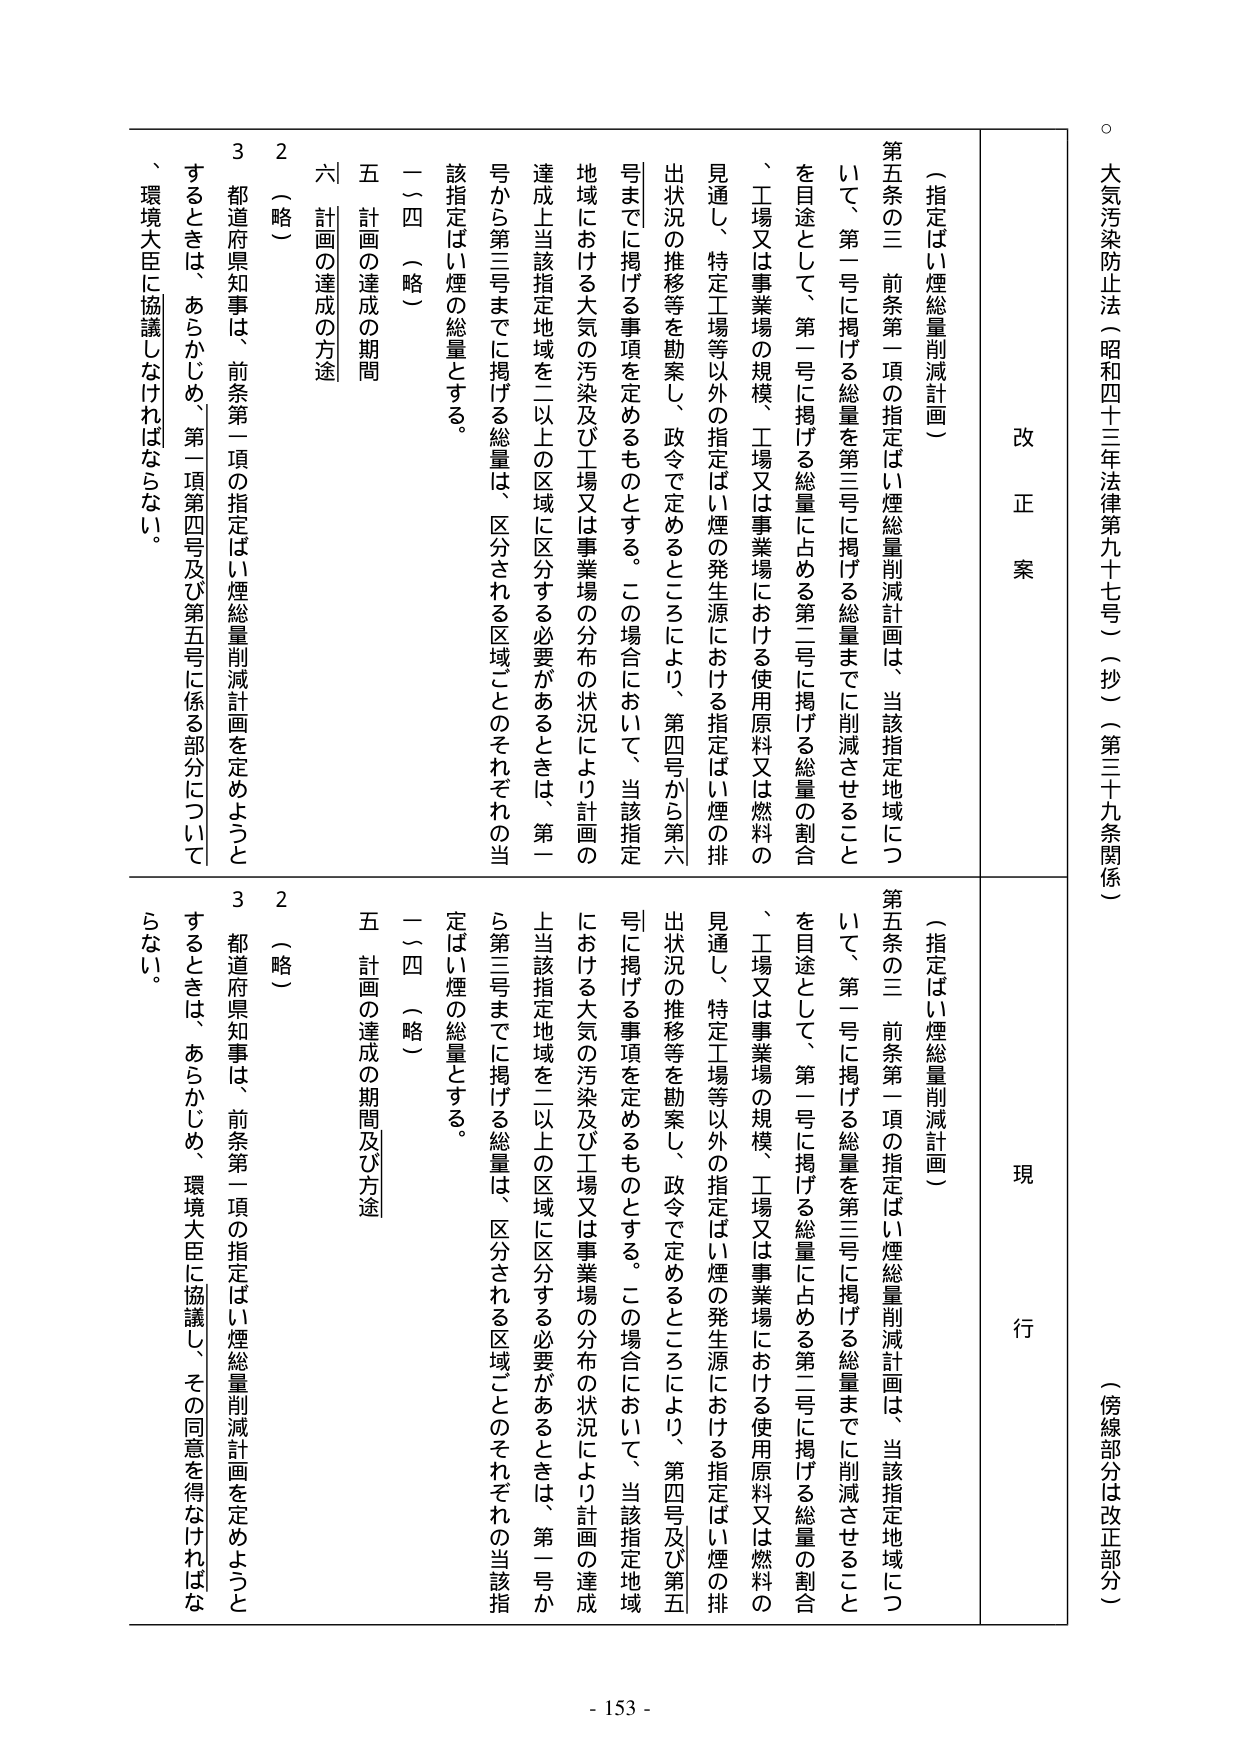
大気汚染防止法（昭和四十三年法律第九十七号）（抄）（第三十九条関係）

（傍線部分は改正部分）

改正案

（指定ばい煙総量削減計画）

第五条の三 前条第一項の指定ばい煙総量削減計画は、当該指定地域について、第一号に掲げる総量を第三号に掲げる総量までに削減させることを目的として、第一号に掲げる総量に占める第二号に掲げる総量の割合、工場又は事業場の規模、工場又は事業場における使用原料又は燃料の見通し、特定工場等以外の指定ばい煙の発生源における指定ばい煙の排出状況の推移等を勘案し、政令で定めるところにより、第四号から第六号までに掲げる事項を定めるものとする。この場合において、当該指定地域における大気の汚染及び工場又は事業場の分布の状況により計画の達成上当該指定地域を二以上の区域に区分する必要があるときは、第一号から第三号までに掲げる総量は、区分される区域ごとのそれぞれの当該指定ばい煙の総量とする。

一（四）（略）

五 計画の達成の期間

六 計画の達成の方途

2 （略）

3 都道府県知事は、前条第一項の指定ばい煙総量削減計画を定めようとするときは、あらかじめ、第一項第四号及び第五号に係る部分について、環境大臣に協議しなければならない。

現行

（指定ばい煙総量削減計画）

第五条の三 前条第一項の指定ばい煙総量削減計画は、当該指定地域について、第一号に掲げる総量を第三号に掲げる総量までに削減させることを目的として、第一号に掲げる総量に占める第二号に掲げる総量の割合、工場又は事業場の規模、工場又は事業場における使用原料又は燃料の見通し、特定工場等以外の指定ばい煙の発生源における指定ばい煙の排出状況の推移等を勘案し、政令で定めるところにより、第四号及び第五号に掲げる事項を定めるものとする。この場合において、当該指定地域における大気の汚染及び工場又は事業場の分布の状況により計画の達成上当該指定地域を二以上の区域に区分する必要があるときは、第一号から第三号までに掲げる総量は、区分される区域ごとのそれぞれの当該指定ばい煙の総量とする。

一（四）（略）

五 計画の達成の期間及び方途

2 （略）

3 都道府県知事は、前条第一項の指定ばい煙総量削減計画を定めようとするときは、あらかじめ、環境大臣に協議し、その同意を得なければならない。

- 153 -